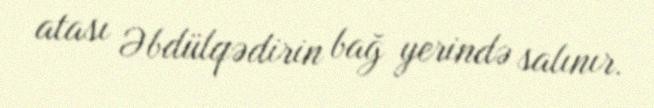
atası Əbdülqədirin bağ yerində salınır.